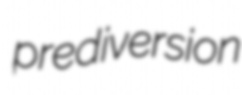
prediversion